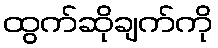
ထွက်ဆိုချက်ကို